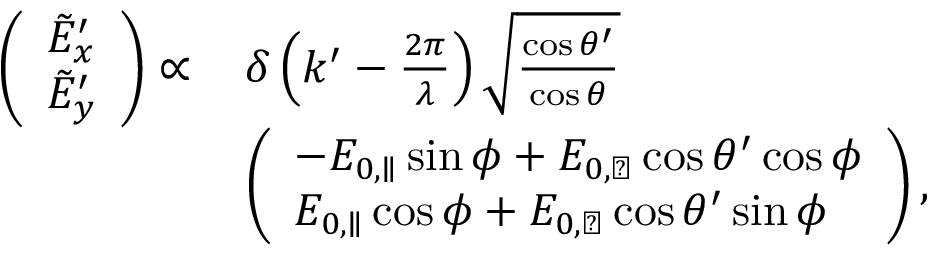
\begin{array} { r l } { \left( \begin{array} { l } { \tilde { E } _ { x } ^ { \prime } } \\ { \tilde { E } _ { y } ^ { \prime } } \end{array} \right) \propto \, } & { \delta \left( k ^ { \prime } - \frac { 2 \pi } { \lambda } \right) \sqrt { \frac { \cos \theta ^ { \prime } } { \cos \theta } } } \\ & { \left( \begin{array} { l } { - E _ { 0 , \parallel } \sin \phi + E _ { 0 , \perp } \cos \theta ^ { \prime } \cos \phi } \\ { E _ { 0 , \parallel } \cos \phi + E _ { 0 , \perp } \cos \theta ^ { \prime } \sin \phi } \end{array} \right) , } \end{array}